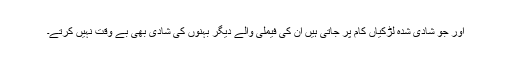
اور جو شادی شدہ لڑکیاں کام پر جاتی ہیں ان کی فیملی والے دیگر بہنوں کی شادی بھی بے وقت نہیں کرتے۔